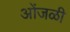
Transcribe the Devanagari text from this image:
ओंजळी